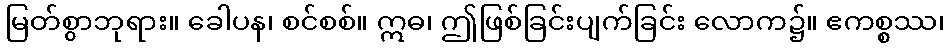
မြတ်စွာဘုရား။ ခေါပန၊ စင်စစ်။ ဣဓ၊ ဤဖြစ်ခြင်းပျက်ခြင်း လောက၌။ ဧကစ္စဿ၊